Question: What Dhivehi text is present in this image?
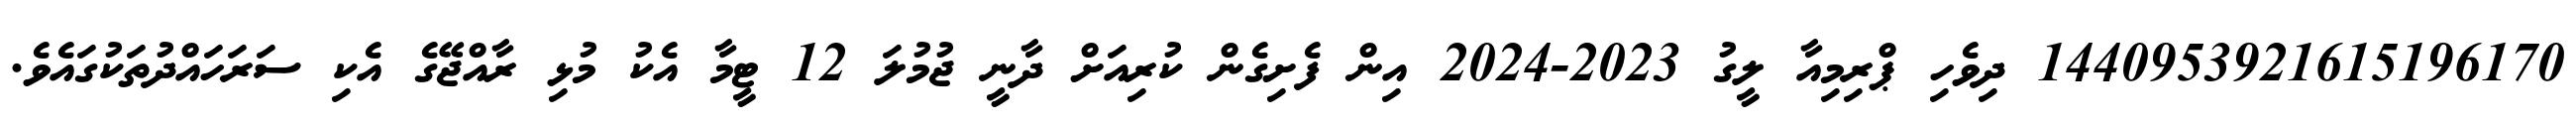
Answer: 1440953921615196170 ދިވެހި ޕްރިމިއާ ލީގު 2023-2024 އިން ފެށިގެން ކުރިއަށް ދާނީ ޖުމުލަ 12 ޓީމާ އެކު މުޅި ރާއްޖޭގެ އެކި ސަރަހައްދުތަކުގައެވެ.